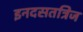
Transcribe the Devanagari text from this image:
इनदसतत्रिज